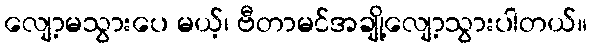
လျော့မသွားပေ မယ့်၊ ဗီတာမင်အချို့လျော့သွားပါတယ်။